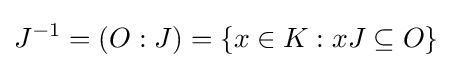
J^{-1}=(O:J)=\{x\in K:xJ\subseteq O\}